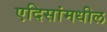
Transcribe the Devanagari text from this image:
एदिसांमधील